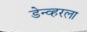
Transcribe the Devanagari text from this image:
डेन्व्हरला